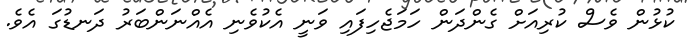
ކުޅުން ވެސް ކުރިއަށް ގެންދަން ހަމަޖެހިފައި ވަނީ އެކުވެނި އެއްނަންބަރު ދަނޑުގަ އެވެ.